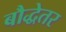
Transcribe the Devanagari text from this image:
बौद्धेतर